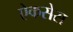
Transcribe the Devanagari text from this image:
ऐकसेस